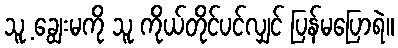
သူ့ ချွေးမကို သူ ကိုယ်တိုင်ပင်လျှင် ပြန်မပြောရဲ။